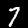
Digit: 7